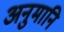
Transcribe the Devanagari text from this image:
अनुमानि